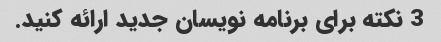
3 نکته برای برنامه نویسان جدید ارائه کنید.